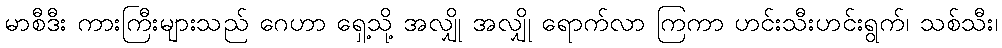
မာစီဒီး ကားကြီးများသည် ဂေဟာ ရှေ့သို့ အလျှို အလျှို ရောက်လာ ကြကာ ဟင်းသီးဟင်းရွက်၊ သစ်သီး၊